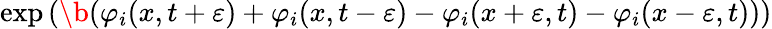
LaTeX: \exp\left(\b(\varphi_{i}(x,t+\varepsilon)+\varphi_{i}(x,t-\varepsilon)-\varphi_{i}(x+\varepsilon,t)-\varphi_{i}(x-\varepsilon,t))\right)